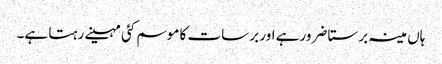
ہاں مینہ برستا ضرورہے اور برسات کا موسم کئی مہینے رہتا ہے۔